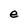
Character: e